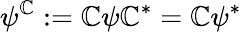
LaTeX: \psi^{\mathbb{C}}:=\mathcal{{\mathbb{C}}}\psi\mathcal{{\mathbb{C}}}^{*}=\mathbb{C}\psi^{*}